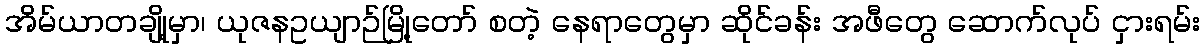
အိမ်ယာတချို့မှာ၊ ယုဇနဥယျာဉ်မြို့တော် စတဲ့ နေရာတွေမှာ ဆိုင်ခန်း အဖီတွေ ဆောက်လုပ် ငှားရမ်း